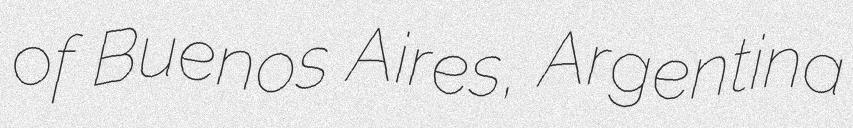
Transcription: of Buenos Aires, Argentina